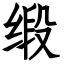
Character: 缎